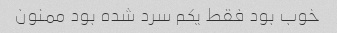
خوب بود فقط یکم سرد شده بود ممنون